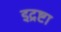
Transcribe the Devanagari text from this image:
इद्रष्टा